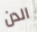
الدن